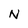
Character: N